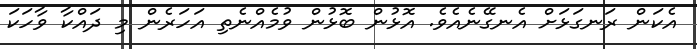
އެކަން ރަނގަޅަށް އެނގޭނެއެވެ. އޮޅުން ބޮޅުން ވުމެއްނެތި އަހަރެން މި ދައްކާ ވާހަކަ